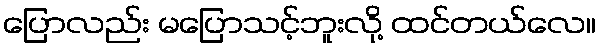
ပြောလည်း မပြောသင့်ဘူးလို့ ထင်တယ်လေ။